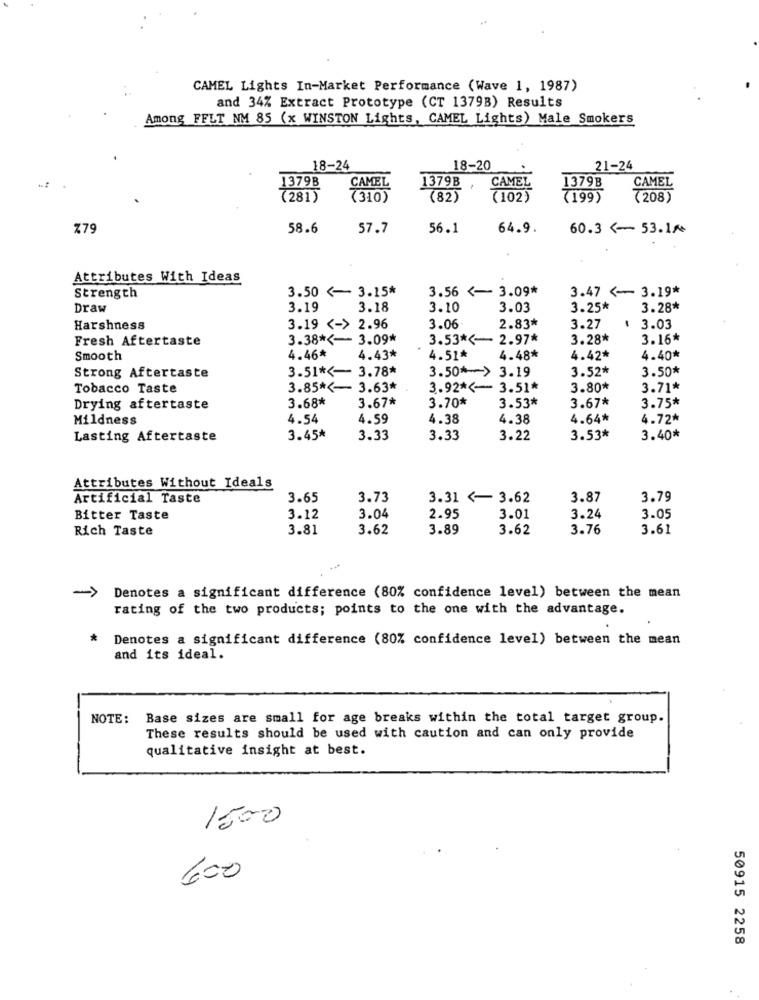
CAMEL Lights In-Market Performance (Wave 1, 1987)
and 34% Extract Prototype (CT 1379B) Results
Among FFLT NM 85 (x WINSTON Lights, CAMEL Lights) Male Smokers
18-24
18-20
21-24
1379B
CAMEL
1379B
1379B , CAMEL
CAMEL
(281)
(310)
(82)
(102)
(199)
(208)
Z79
58.6
57.7
56.1
64.9.
60.3 <- 53.1/+
Attributes With Ideas
3.50 <- 3.15*
3.56 <- 3.09*
3.47 <- 3.19*
Strength
Draw
3.19
3.18
3.10
3.03
3.25*
3.28*
Harshness
3.19 <- > 2.96
3.06
2.83*
3.27
$ 3.03
Fresh Aftertaste
3.38 *<- 3.09*
3.53 *<- 2.97*
3.28*
3.16*
Smooth
4.46*
4.43*
4.51*
4.48*
4.42*
4.40*
Strong Aftertaste
3.51 *<- 3.78*
3.50 *- > 3.19
3.52*
3.50*
Tobacco Taste
3.85 *<- 3.63*
3.92 *<- 3.51*
3.80*
3.71*
3.68*
3.67*
3.53*
3.75*
Drying aftertaste
3.70*
3.67*
Mildness
4.54
4.59
4.38
4.38
4.64*
4.72*
Lasting Aftertaste
3.45*
3.33
3.33
3.22
3.53*
3.40*
Attributes Without Ideals
Artificial Taste
3.65
3.73
3.31 <- 3.62
3.87
3.79
Bitter Taste
3.12
3.04
2.95
3.01
3.24
3.05
Rich Taste
3.81
3.62
3.89
3.62
3.76
3.61
->
Denotes a significant difference (80% confidence level) between the mean
rating of the two products; points to the one with the advantage.
*
Denotes a significant difference (80% confidence level) between the mean
and its ideal.
NOTE:
Base sizes are small for age breaks within the total target group.
These results should be used with caution and can only provide
qualitative insight at best.
1500
600
50915 2258